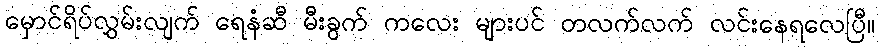
မှောင်ရိပ်လွှမ်းလျက် ရေနံဆီ မီးခွက် ကလေး များပင် တလက်လက် လင်းနေရလေပြီ။